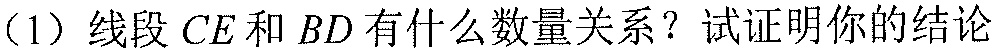
（1）线段\(CE\)和\(BD\)有什么数量关系？试证明你的结论